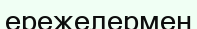
ережелермен